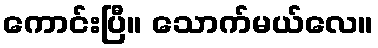
ကောင်းပြီ။ သောက်မယ်လေ။